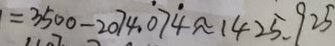
= 3 5 0 0 - 2 0 7 4 . \dot { 0 } 7 \dot { 4 } \approx 1 4 2 5 . 9 2 5